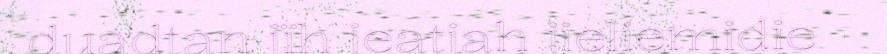
duadtan jïh jeatjah jieliemidie